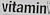
Vitamin